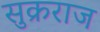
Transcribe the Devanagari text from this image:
सुक्रराज